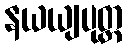
နယယျပုတ္တ